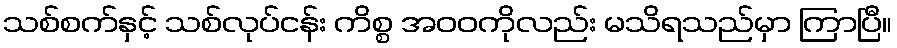
သစ်စက်နှင့် သစ်လုပ်ငန်း ကိစ္စ အဝဝကိုလည်း မသိရသည်မှာ ကြာပြီ။